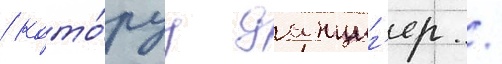
/ кото́руу данциг'ер /